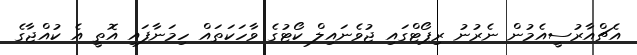
އެޗްއާރުސީއެމުން ނެރުނު ރިޕޯޓްގައި ޖުވެނައިލް ކޯޓުގެ ވާހަކަތައް ހިމަނާފައި އޮތީ އެ ކުއްޖާގެ